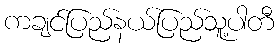
ကချင်ပြည်နယ်ပြည်သူ့ပါတီ